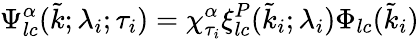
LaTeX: \Psi_{lc}^{\alpha}(\tilde{k};\lambda_{i};\tau_{i})=\chi_{\tau_{i}}^{\alpha}\xi_{lc}^{P}(\tilde{k}_{i};\lambda_{i})\Phi_{lc}(\tilde{k}_{i})